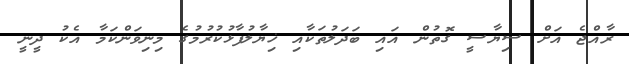
ރާއްޖެ އަށް ސިޔާސީ ގޮތުން އައި ބަދަލުތަކާއި ޚިޔާލުފާޅުކުރުމުގެ މިނިވަންކަމާ އެކު ދީނީ